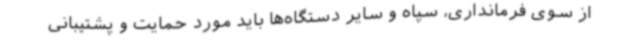
از سوی فرمانداری، سپاه و سایر دستگاه‌ها باید مورد حمایت و پشتیبانی